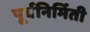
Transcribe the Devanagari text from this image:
पूर्वनिर्मिती